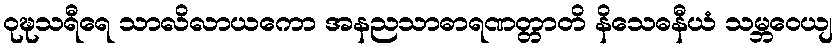
ဝုဍ္ဎသရီရေ သာလိလာယကော အနညသာဓာရဏတ္တာတိ နိသေဓနီယံ သမ္ဘဝေယျ